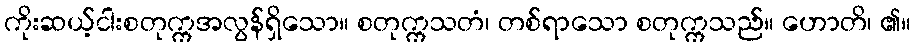
ကိုးဆယ့်ငါးစတုက္ကအလွန်ရှိသော။ စတုက္ကသတံ၊ တစ်ရာသော စတုက္ကသည်။ ဟောတိ၊ ၏။